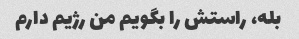
بله، راستش را بگویم من رژیم دارم